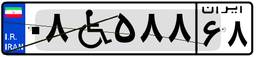
۰۸W۵۸۸۶۸